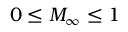
0 \leq M _ { \infty } \leq 1